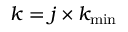
k = j \times k _ { \mathrm { m i n } }